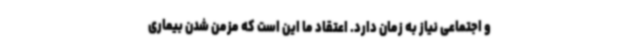
و اجتماعی نیاز به زمان دارد. اعتقاد ما این است که مزمن شدن بیماری